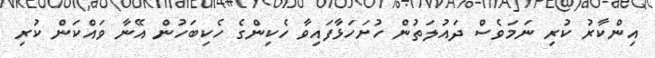
އިންކާރު ކުރި ނަމަވެސް ދައުލަތުން ހުށަހަޅާފައިވާ ހެކިންގެ ހެކިބަހުން އޭނާ ވައްކަން ކުރި